Malaria in the Punjab - Number 46
Disease focus: Malaria
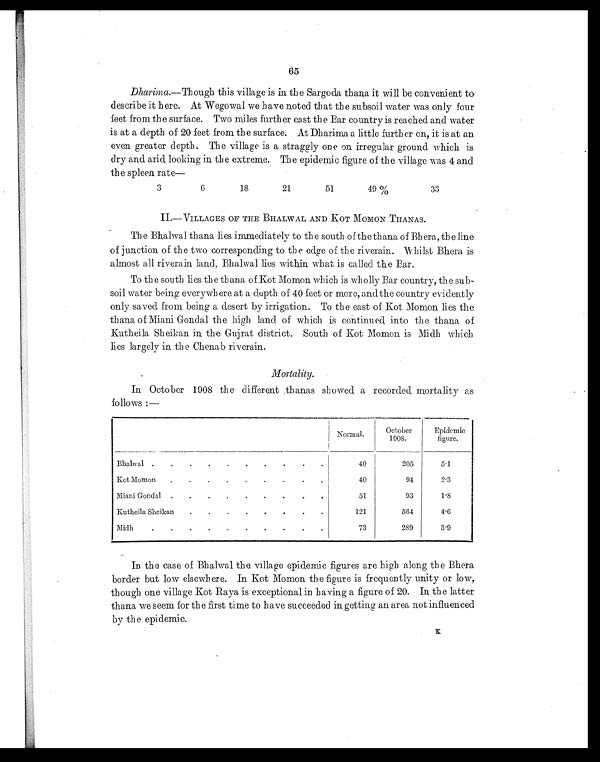
65
Dharima.—Though this village is in the Sargoda thana it will be convenient to
describe it here. At Wegowal we have noted that the subsoil water was only four
feet from the surface. Two miles further east the Bar country is reached and water
is at a depth of 20 feet from the surface. At Dh arima a little further on, it is at an
even greater depth. The village is a straggly one on irregular ground which is
dry and arid looking in the extreme. The epidemic figure of the village was 4 and
the spleen rate
—
3
6
18
21
51
49 %
33
II—VILLAGES OF THE BHALWAL AND KOT MOMON THANAS.
The Bhalwal thana lies immediately to the south of the thana of Bhera, the line
of junction of the two corresponding to the edge of the riverain. Whilst Bhera is
almost all riverain land, Bhalwal lies within what is called the Bar.
To the south lies the thana of Kot Momon which is wholly Bar country, the sub-
soil water being everywhere at a depth of 40 feet or more, and the country evidently
only saved from being a desert by irrigation. To the east of Kot Momon lies the
thana of Miani Gondal the high land of which is continued into the thana of
Kutheila Sheikan in the Gujrat district. South of Kot Momon is Midh which
lies largely in the Chenab riverain.
Mortality.
In October 1908 the different thanas showed a recorded mortality as
follows :—
Normal.
October
1908.
Epidemic
figure.
Bhalwal .
.
.
.
.
.
.
.
.
.
40
205
5.1
Kot Momon
.
.
.
.
.
.
.
.
.
40
94
2.3
Miani Gondal. .
.
.
.
.
.
.
.
.
51
93
1 . 8
Kutheila Sheikan
.
.
.
.
.
.
.
.
121
564
4.6
Midh
.
.
.
.
.
.
.
.
.
.
73
289
3.9
In the case of Bhalwal the village epidemic figures are high along the Bhera
border but low elsewhere. In Kot Momon the figure is frequently unity or low,
though one village Kot Raya is exceptional in having a figure of 20. In the latter
thana we seem for the first time to have succeeded in getting an area not influenced
by the epidemic.
K